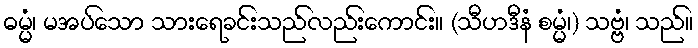
ဓမ္မံ၊ မအပ်သော သားရေခင်းသည်လည်းကောင်း။ (သီဟဒီနံ စမ္မံ၊) သဗ္ဗံ၊ သည်။